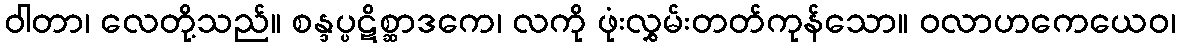
ဝါတာ၊ လေတို့သည်။ စန္ဒပ္ပဋိစ္ဆာဒကေ၊ လကို ဖုံးလွှမ်းတတ်ကုန်သော။ ဝလာဟကေယေဝ၊